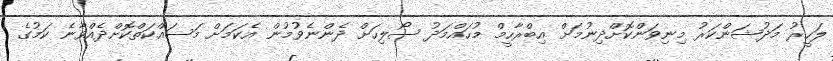
ލަހީރު މަދުޝަންކަރު މިނިވަންކޮށްދިނުމަށް އިބްރާހީމް މުހައްމަދު ސޯލިހަށް ދެންނެވުމުން އެކަމަށް މަސައްކަތްކޮށްދެއްވާނެ ކަމުގެ